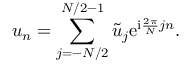
u _ { n } = \sum _ { j = - N / 2 } ^ { N / 2 - 1 } \tilde { u } _ { j } \mathrm { e } ^ { \mathrm { i } \frac { 2 \pi } { N } j n } .